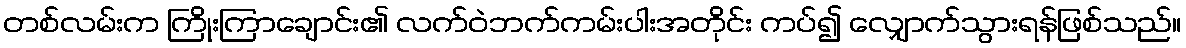
တစ်လမ်းက ကြိုးကြာချောင်း၏ လက်ဝဲဘက်ကမ်းပါးအတိုင်း ကပ်၍ လျှောက်သွားရန်ဖြစ်သည်။